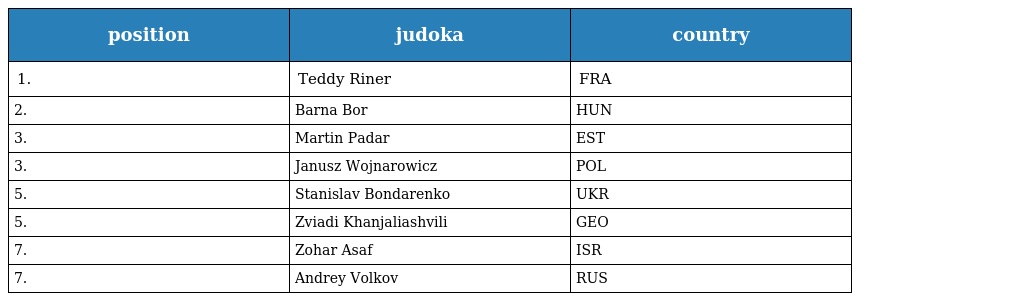
| position | judoka | country |
 | --- | --- | --- |
 | 1. | Teddy Riner | FRA |
 | 2. | Barna Bor | HUN |
 | 3. | Martin Padar | EST |
 | 3. | Janusz Wojnarowicz | POL |
 | 5. | Stanislav Bondarenko | UKR |
 | 5. | Zviadi Khanjaliashvili | GEO |
 | 7. | Zohar Asaf | ISR |
 | 7. | Andrey Volkov | RUS |